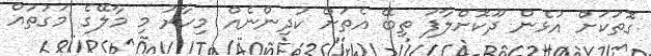
ގޮތަަކަށް އުޅެން ދޫކޮށްލާފަ ތިބޭ އެތަށް ކުދިންނެއްް މިހާރު މި މާލޭގެ މަގުތައް